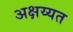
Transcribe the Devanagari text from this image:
अक्षय्यत